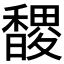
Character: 𮩬